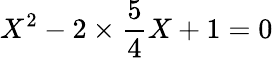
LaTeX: X^{2}-2\times\frac{5}{4}X+1=0